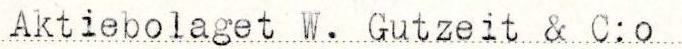
Aktiebolaget W. Gutzeit & C:o